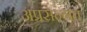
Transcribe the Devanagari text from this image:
अप्रसन्नत